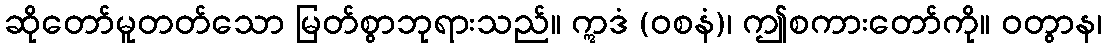
ဆိုတော်မူတတ်သော မြတ်စွာဘုရားသည်။ ဣဒံ (ဝစနံ)၊ ဤစကားတော်ကို။ ဝတွာန၊